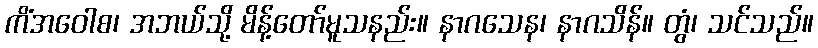
ကိံအဝေါစ၊ အဘယ်သို့ မိန့်တော်မူသနည်း။ နာဂသေန၊ နာဂသိန်။ တွံ၊ သင်သည်။